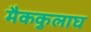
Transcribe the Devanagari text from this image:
मैककुलाघ